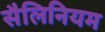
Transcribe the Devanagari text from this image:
सैलिनियम